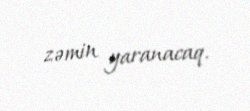
zəmin yaranacaq.